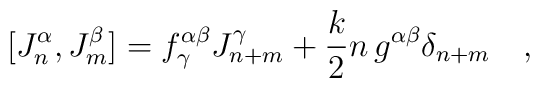
[J^{\alpha}_n,J^{\beta}_m]=f^{\alpha\beta}_{\gamma}J^{\gamma}_{n+m}+\frac{k}{2}n\,g^{\alpha\beta}\delta_{n+m}\quad ,